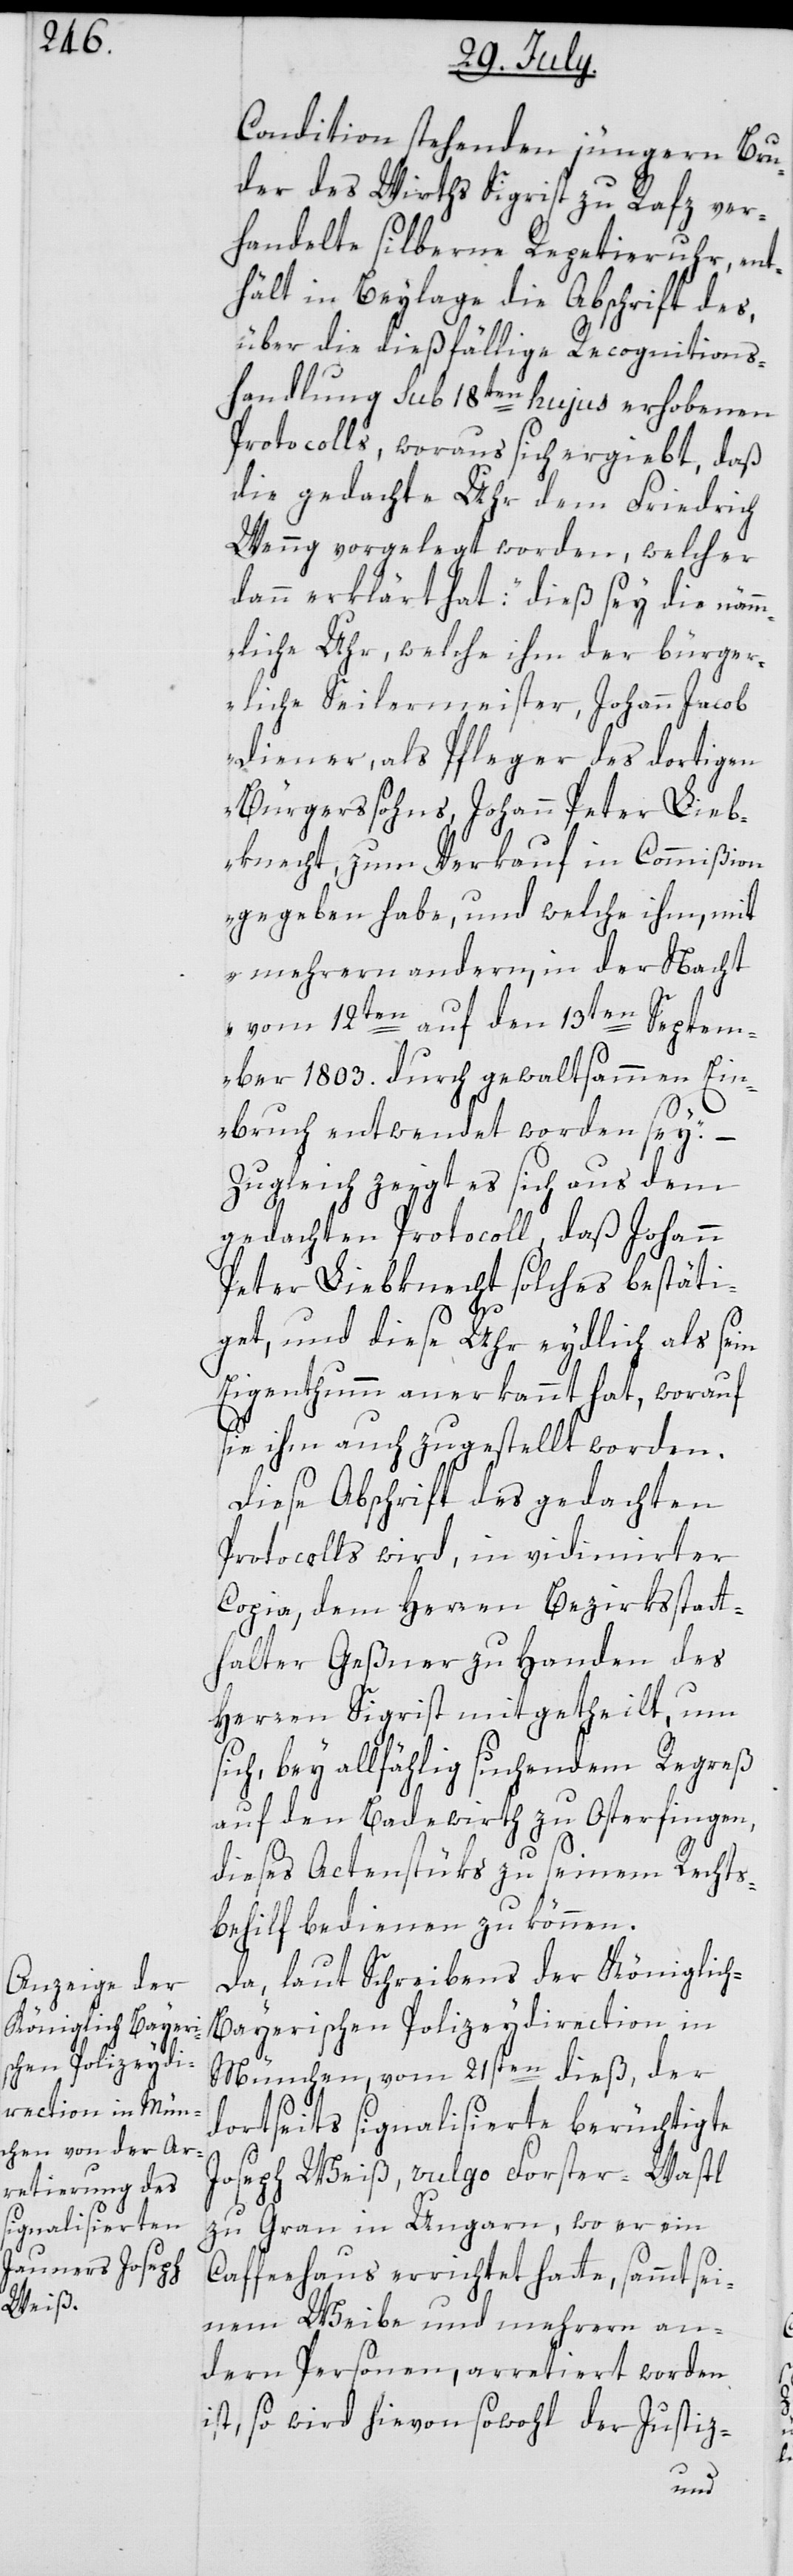
Condition stehenden jüngeren Bru¬
der des Wirths Sigrist zu Rafz ver¬
handelte silberne Repetieruhr, ent¬
hält in Beylage die Abschrift des,
über die dießfällige Recognitions¬
handlung sub 18ten hujus erhobenen
Protocolls, woraus sich ergiebt, daß
die gedachte Uhr dem Friedrich
Wenng vorgelegt worden, welcher
dann erklärt hat: „dieß sey die näm¬
mliche Uhr, welche ihm der bürger¬
liche Seilermeister, Johann Jacob
Diener, als Pfleger des dortigen
Bürgerssohns, Johann Peter Lieb¬
knecht, zum Verkauf in Commißion
gegeben habe, und welche ihm, mit
mehrern andern, in der Nacht
vom 12ten auf den 13ten Septem¬
ber 1803. durch gewaltsammen Ein¬
bruch entwendet worden sey.“ –
Zugleich zeigt es sich aus dem
gedachten Protocoll, daß Johann
Peter Liebknecht solches bestäti¬
get, und diese Uhr eydlich als sein
Eigenthumm anerkannt hat, worauf
sie ihm auch zugestellt worden.
Diese Abschrift des gedachten
Protocolls wird, in vidimierter
Copia, dem Herren Bezirksstatt¬
halter Geßner zu Handen des
Herren Sigrist mitgetheilt, um
sich, bey allfählig suchendem Regreß
auf den Badewirth zu Osterfingen,
dieses Actenstücks zu seinem Rechts¬
behilf dienen zu können.
Da, laut Schreibens der Königlic¬
h-Bayerischen Polizeydirection in
München, vom 21sten dieß, der
dortseits signalisierte berüchtigte
Joseph Weiß, vulgo Forster-Wastl
zu Gran in Ungarn, wo er ein
Caffeehaus errichtet hatte, sammt sei¬
nem Weibe und mehrern an¬
dern Personen, arretiert worden
ist, so wird hievon sowohl der Justiz-